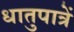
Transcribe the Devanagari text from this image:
धातुपात्रें